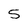
Character: 5